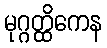
မုဂ္ဂတ္ထိကေန